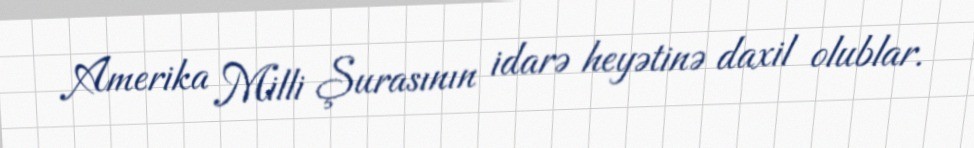
Amerika Milli Şurasının idarə heyətinə daxil olublar.